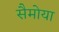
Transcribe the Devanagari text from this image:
सैमोया